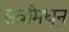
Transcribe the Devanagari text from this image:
सर्वांमधून